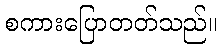
စကားပြောတတ်သည်။